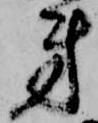
第